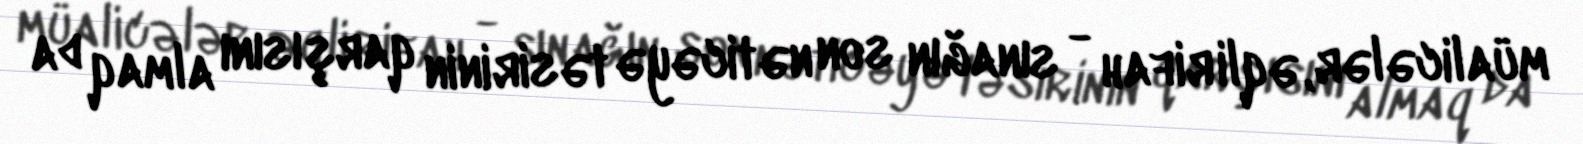
müalicələr, əqli rifah - sınağın son nəticəyə təsirinin qarşısını almaq da